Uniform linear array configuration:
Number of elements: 12
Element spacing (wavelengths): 0.5
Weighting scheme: kaiser
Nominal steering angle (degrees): -15
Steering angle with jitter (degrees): -13.054
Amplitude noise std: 0.05
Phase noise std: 0.05

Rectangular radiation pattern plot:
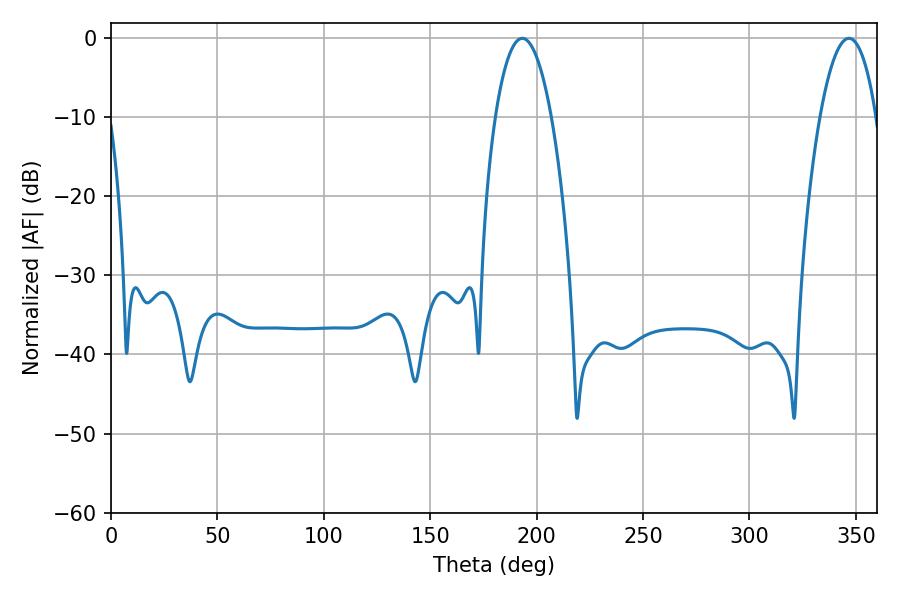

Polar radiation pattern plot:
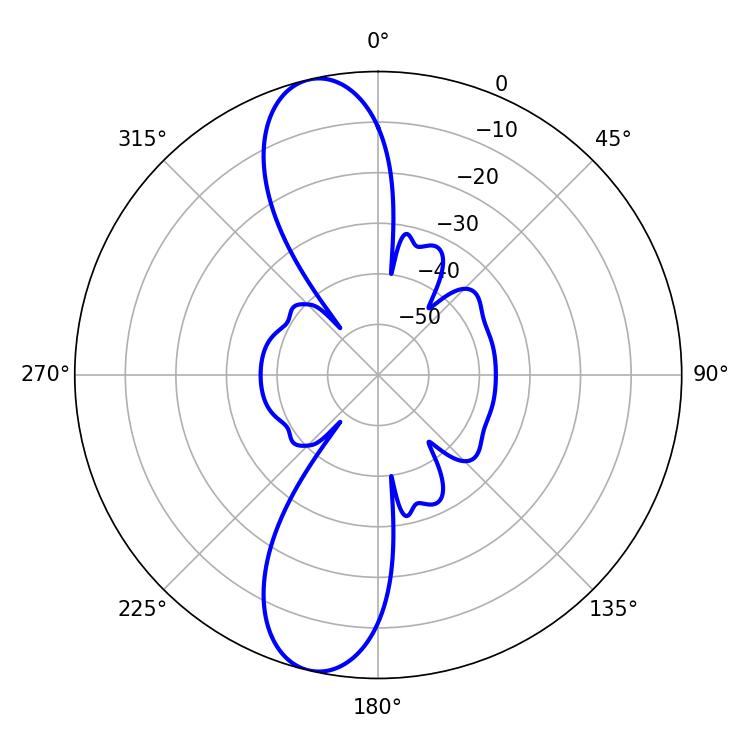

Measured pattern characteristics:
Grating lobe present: FALSE
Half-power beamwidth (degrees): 14.58
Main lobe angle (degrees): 193.32